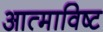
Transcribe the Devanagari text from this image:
आत्माविष्ट